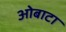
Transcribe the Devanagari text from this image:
ओबाटा